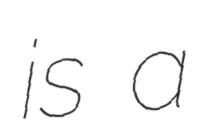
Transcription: is a